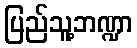
ပြည်သူ့ဘဏ္ဍာ